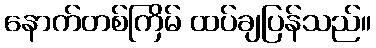
နောက်တစ်ကြိမ် ထပ်ချပြန်သည်။